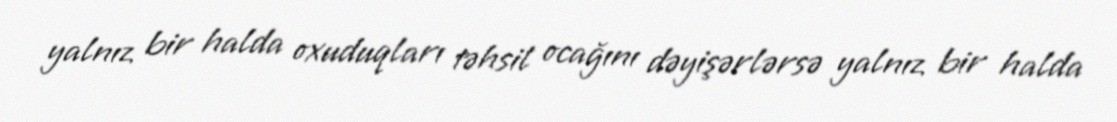
yalnız bir halda oxuduqları təhsil ocağını dəyişərlərsə yalnız bir halda